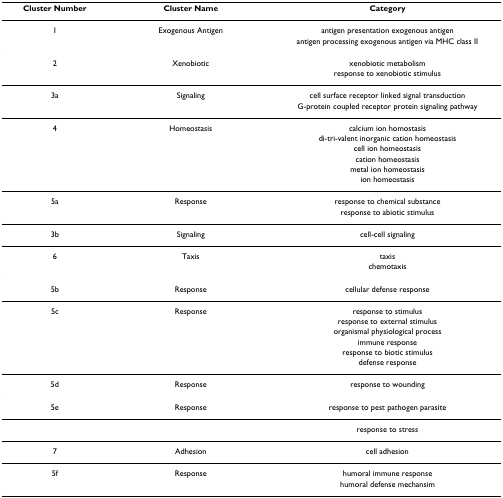
| Cluster Number | Cluster Name | Category |
 | --- | --- | --- |
 | 1 | Exogenous Antigen | antigen presentation exogenous antigen |
 |  |  | antigen processing exogenous antigen via MHC class II |
 | 2 | Xenobiotic | xenobiotic metabolism |
 |  |  | response to xenobiotic stimulus |
 | 3a | Signaling | cell surface receptor linked signal transduction |
 |  |  | G-protein coupled receptor protein signaling pathway |
 | 4 | Homeostasis | calcium ion homostasis |
 |  |  | di-tri-valent inorganic cation homeostasis |
 |  |  | cell ion homeostasis |
 |  |  | cation homeostasis |
 |  |  | metal ion homeostasis |
 |  |  | ion homeostasis |
 | 5a | Response | response to chemical substance |
 |  |  | response to abiotic stimulus |
 | 3b | Signaling | cell-cell signaling |
 | 6 | Taxis | taxis |
 |  |  | chemotaxis |
 | 5b | Response | cellular defense response |
 | 5c | Response | response to stimulus |
 |  |  | response to external stimulus |
 |  |  | organismal physiological process |
 |  |  | immune response |
 |  |  | response to biotic stimulus |
 |  |  | defense response |
 | 5d | Response | response to wounding |
 | 5e | Response | response to pest pathogen parasite |
 |  |  | response to stress |
 | 7 | Adhesion | cell adhesion |
 | 5f | Response | humoral immune response |
 |  |  | humoral defense mechansim |